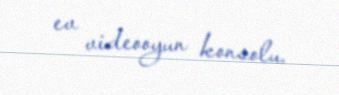
ev videooyun konsolu.